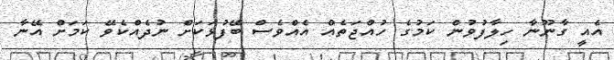
އެއީ ގާނޫނާ ހިލާފުވުން ކަމުގެ ހުއްޖަތެއް އެއްވެސް ބޭފުޅަކަށް ނުދެއްކެވޭ ކަމަށް އޭނާ